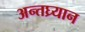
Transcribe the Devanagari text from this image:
अन्तघ्र्यान